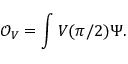
\mathcal { O } _ { V } = \int V ( \pi / 2 ) \Psi .